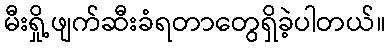
မီးရှို့ဖျက်ဆီးခံရတာတွေရှိခဲ့ပါတယ်။